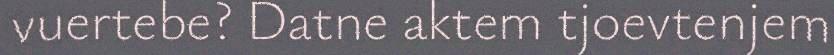
vuertebe? Datne aktem tjoevtenjem